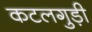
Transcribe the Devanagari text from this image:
कटलगुड़ी